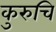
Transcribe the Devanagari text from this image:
कुरुचि